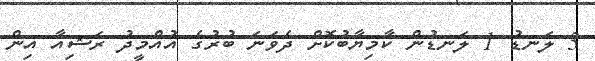
3 ލަނޑު 1 ލަނޑުން ކާމިޔާބުކޮށް ދެވަނަ ބުރުގެ އުއްމީދު ރަޝިއާ އިން